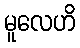
မူလေဟိ